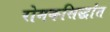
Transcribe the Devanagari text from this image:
रोमकसिद्धांत